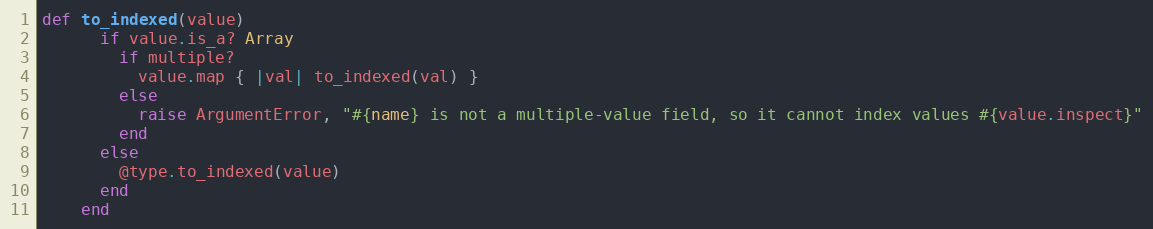
Language: Ruby
def to_indexed(value)
      if value.is_a? Array
        if multiple?
          value.map { |val| to_indexed(val) }
        else
          raise ArgumentError, "#{name} is not a multiple-value field, so it cannot index values #{value.inspect}"
        end
      else
        @type.to_indexed(value)
      end
    end